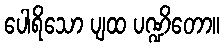
ပေါရိသော ပျထ ပဏ္ဍိတော။